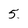
Character: 5